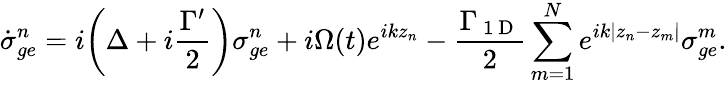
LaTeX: \dot{\sigma}_{ge}^{n}=i\bigg(\Delta+i\frac{\Gamma^{\prime}}{2}\bigg)\sigma_{ge}^{n}+i\Omega(t)e^{ikz_{n}}-\frac{\Gamma_{\mathrm{~1~D~}}}{2}\sum_{m=1}^{N}e^{ik|z_{n}-z_{m}|}\sigma_{ge}^{m}.